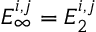
E _ { \infty } ^ { i , j } = E _ { 2 } ^ { i , j }